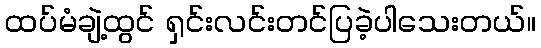
ထပ်မံချဲ့ထွင် ရှင်းလင်းတင်ပြခဲ့ပါသေးတယ်။